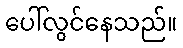
ပေါ်လွင်နေသည်။